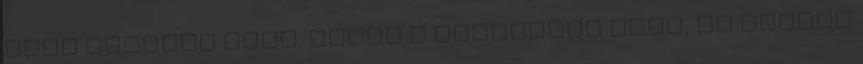
első látásra híve. Ezzel ő tisztában volt, de Eclair